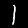
Digit: 1